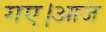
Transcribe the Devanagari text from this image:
गए।आज